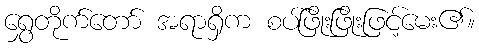
ရွှေတိုက်တော် အရာရှိက စပ်ဖြိုးဖြိုးဖြင့်မေး၏။